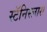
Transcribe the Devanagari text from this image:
स्टॅनिस्लास